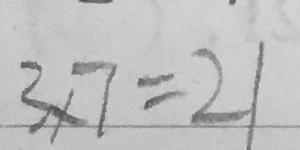
3 \times 7 = 2 1